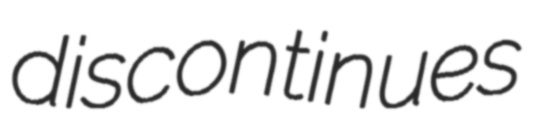
discontinues